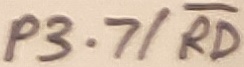
Text: P3.7/RD